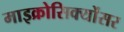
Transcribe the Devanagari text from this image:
माइक्रोसिक्योंसर